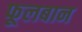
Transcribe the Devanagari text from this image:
फूलबान